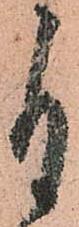
自